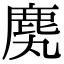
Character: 䴟